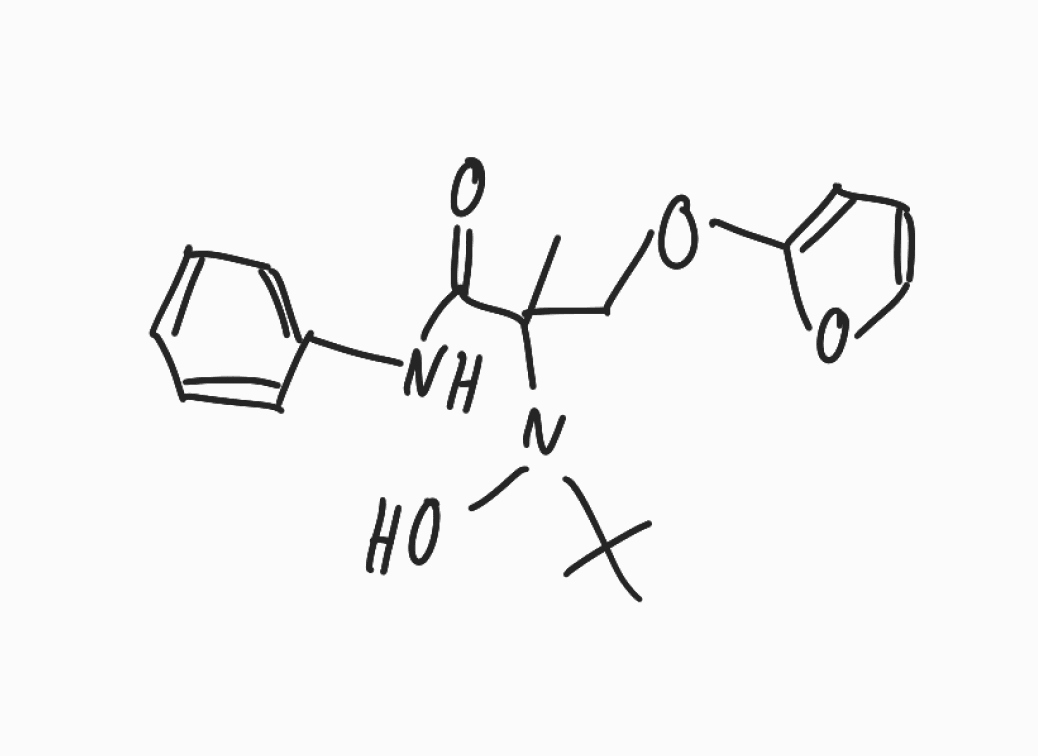
Simplified molecular-input line-entry system (SMILES) notation of the given molecule:
CC(C)(C)N(C(C)(COC1=CC=CO1)C(=O)NC2=CC=CC=C2)O